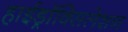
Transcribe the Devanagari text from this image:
हाईड्रॉक्सिलेशन